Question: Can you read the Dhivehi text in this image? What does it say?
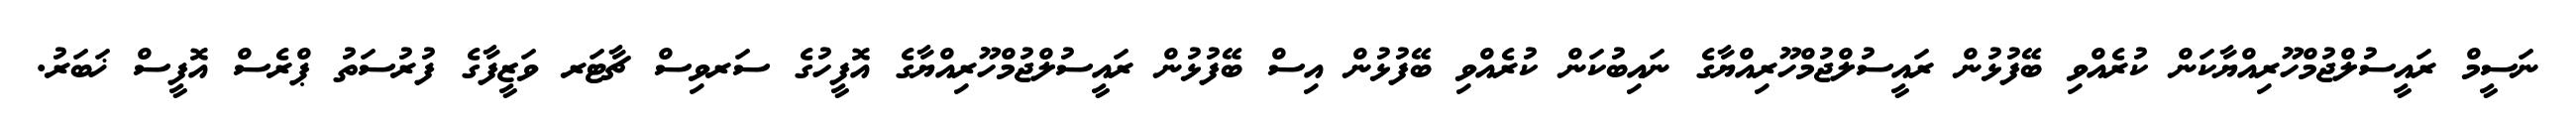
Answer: ނަސީމް ރައީސުލްޖުމްހޫރިއްޔާކަން ކުރެއްވި ބޭފުޅުން ރައީސުލްޖުމްހޫރިއްޔާގެ ނައިބުކަން ކުރެއްވި ބޭފުޅުން އިސް ބޭފުޅުން ރައީސުލްޖުމްހޫރިއްޔާގެ އޮފީހުގެ ސަރވިސް ޗާޓަރ ވަޒީފާގެ ފުރުސަތު ޕްރެސް އޮފީސް ޚަބަރު.